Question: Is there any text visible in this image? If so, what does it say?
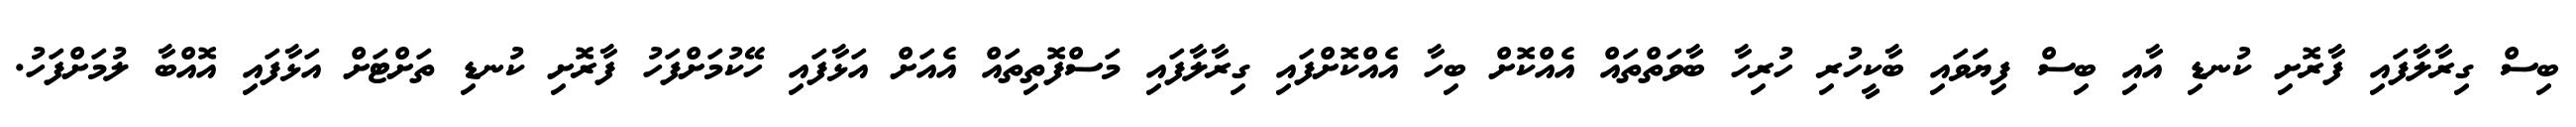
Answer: ބިސް ގިރާލާފައި ފާރޮށި ކުނޑި އާއި ބިސް ފިޔަަވައި ބާކީހުރި ހުރިހާ ބާވަތްތައް އެއްކޮށް ބިހާ އެއްކޮށްފައި ގިރާލާފައި މަސްފޮތިތައް އެއަށް އަޅާފައި ހޭކުމަށްފަހު ފާރޮށި ކުނޑި ތަށްޓަށް އަޅާފައި އޮއްބާ ލުމަށްފަހު.